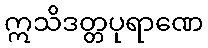
ဣသိဒတ္တပုရာဏေ